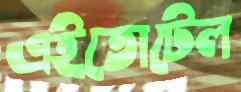
এইতোটেল